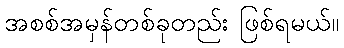
အစစ်အမှန်တစ်ခုတည်း ဖြစ်ရမယ်။